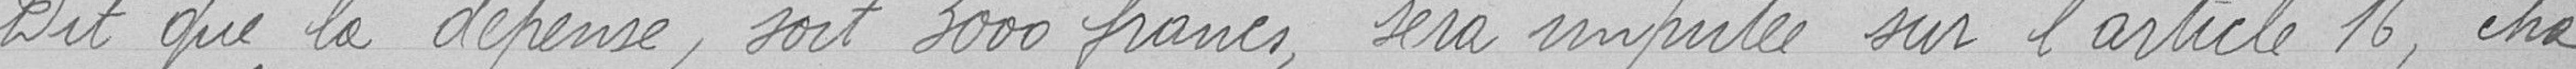
Dit que la dépense, soit 3000 francs, sera empruntée sur l'article 16, cha